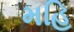
મહિ